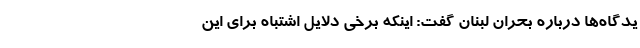
یدگاه‌ها درباره بحران لبنان گفت: اینکه برخی دلایل اشتباه برای این